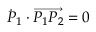
{ \dot { P } } _ { 1 } \cdot \overrightarrow { P _ { 1 } P _ { 2 } } = 0